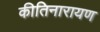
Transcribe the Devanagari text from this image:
कीतिनारायण